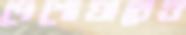
পেশোয়ারেও